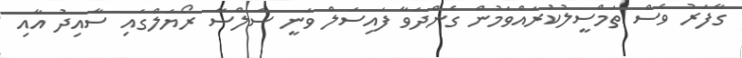
ގާފަރު ވެސް ތަމްސީލުކުރައްވަމުން ގެންދަވާ ފައިސަލް ވަނީ ސަލްސާ ރޯޔަލްގައި ސާއިދު އާއި